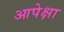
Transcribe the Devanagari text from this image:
आपेक्षा